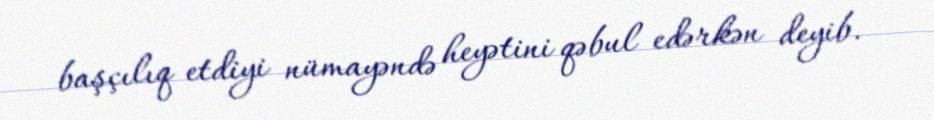
başçılıq etdiyi nümayəndə heyətini qəbul edərkən deyib.